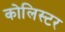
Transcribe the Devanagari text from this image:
कोलिस्टर